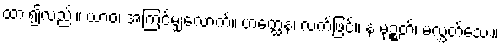
ထား၍လည်း။ ယာဝ၊ အကြင်မျှလောက်။ ဟတ္ထေန၊ လက်ဖြင့်။ န မုဉ္စတိ၊ မလွှတ်သေး။